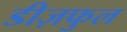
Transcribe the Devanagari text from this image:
डीज़फुल